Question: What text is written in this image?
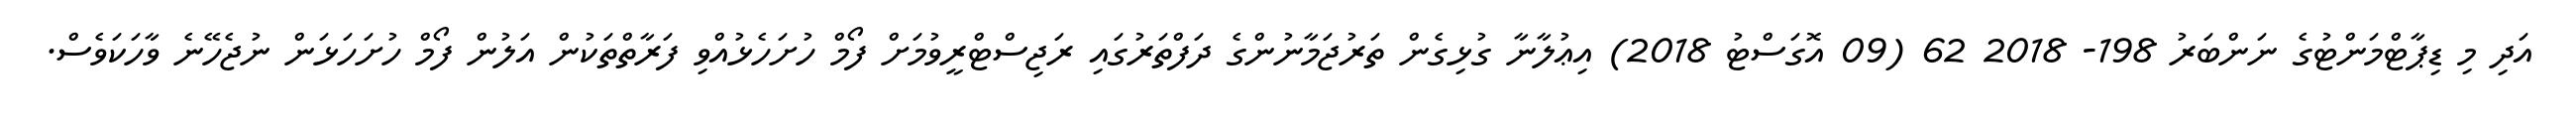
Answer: އަދި މި ޑިޕާޓްމަންޓުގެ ނަންބަރު 198- 2018 62 (09 އޮގަސްޓު 2018) އިޢުލާނާ ގުޅިގެން ތަރުޖަމާނުންގެ ދަފްތަރުގައި ރަޖިސްޓްރީވުމަށް ފޯމް ހުށަހެޅުއްވި ފަރާތްތަކުން އަލުން ފޯމް ހުށަހަޅަން ނުޖެހޭނެ ވާހަކަވެސް.